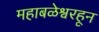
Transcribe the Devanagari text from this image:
महाबळेश्वरहून